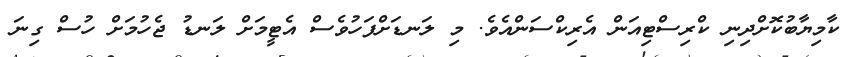
ކާމިޔާބުކޮށްދިނި ކްރިސްޓިއަން އެރިކްސަންއެވެ. މި ލަނޑަށްފަހުވެސް އެޓީމަށް ލަނޑު ޖެހުމަށް ހުސް ގިނަ